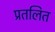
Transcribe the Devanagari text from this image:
प्रतलित